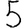
Digit: 5